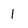
Character: 1